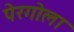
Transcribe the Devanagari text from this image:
पेरगोला